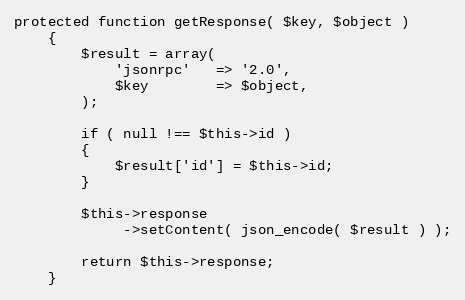
Language: PHP
protected function getResponse( $key, $object )
    {
        $result = array(
            'jsonrpc'   => '2.0',
            $key        => $object,
        );

        if ( null !== $this->id )
        {
            $result['id'] = $this->id;
        }

        $this->response
             ->setContent( json_encode( $result ) );

        return $this->response;
    }